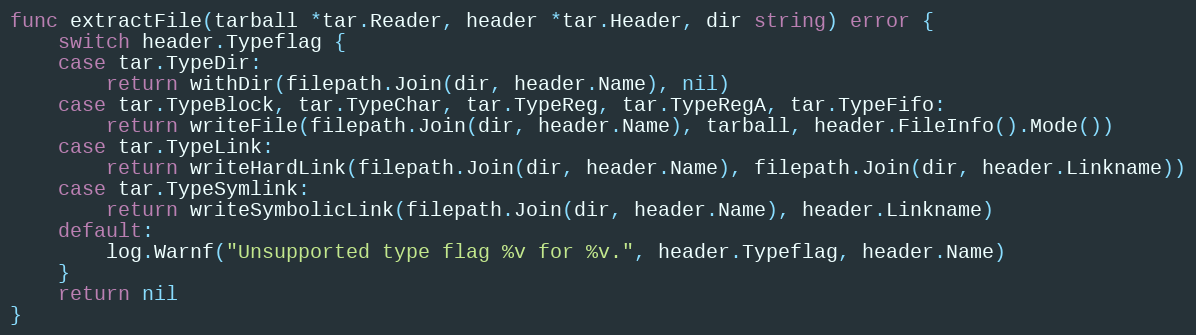
Language: Go
func extractFile(tarball *tar.Reader, header *tar.Header, dir string) error {
	switch header.Typeflag {
	case tar.TypeDir:
		return withDir(filepath.Join(dir, header.Name), nil)
	case tar.TypeBlock, tar.TypeChar, tar.TypeReg, tar.TypeRegA, tar.TypeFifo:
		return writeFile(filepath.Join(dir, header.Name), tarball, header.FileInfo().Mode())
	case tar.TypeLink:
		return writeHardLink(filepath.Join(dir, header.Name), filepath.Join(dir, header.Linkname))
	case tar.TypeSymlink:
		return writeSymbolicLink(filepath.Join(dir, header.Name), header.Linkname)
	default:
		log.Warnf("Unsupported type flag %v for %v.", header.Typeflag, header.Name)
	}
	return nil
}